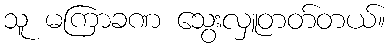
သူ မကြာခဏ သွေးလှူတတ်တယ်။